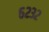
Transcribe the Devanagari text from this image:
६२३२